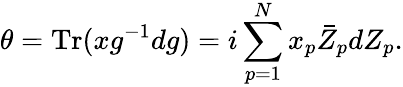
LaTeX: \theta=\mathrm{Tr}(xg^{-1}dg)=i\sum_{p=1}^{N}x_{p}\bar{Z}_{p}dZ_{p}.